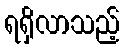
ရရှိလာသည့်